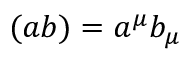
( a b ) = a ^ { \mu } b _ { \mu }